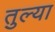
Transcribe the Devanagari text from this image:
तुल्या